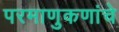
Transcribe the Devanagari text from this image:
परमाणुकणांचे